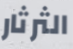
الثرثار